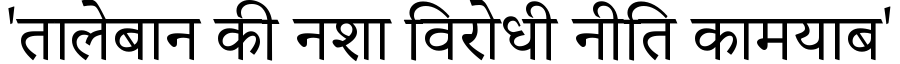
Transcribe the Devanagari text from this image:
'तालेबान की नशा विरोधी नीति कामयाब'